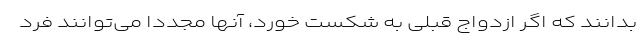
بدانند که اگر ازدواج قبلی به شکست خورد، آنها مجددا می‌توانند فرد